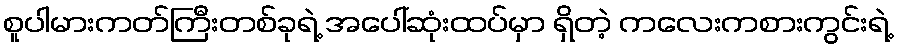
စူပါမားကတ်ကြီးတစ်ခုရဲ့ အပေါ်ဆုံးထပ်မှာ ရှိတဲ့ ကလေးကစားကွင်းရဲ့